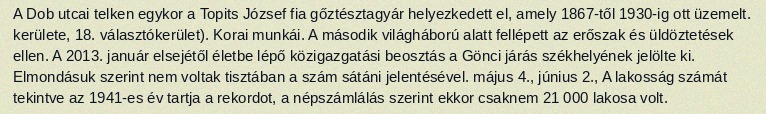
A Dob utcai telken egykor a Topits József fia gőztésztagyár helyezkedett el, amely 1867-től 1930-ig ott üzemelt. kerülete, 18. választókerület). Korai munkái. A második világháború alatt fellépett az erőszak és üldöztetések ellen. A 2013. január elsejétől életbe lépő közigazgatási beosztás a Gönci járás székhelyének jelölte ki. Elmondásuk szerint nem voltak tisztában a szám sátáni jelentésével. május 4., június 2., A lakosság számát tekintve az 1941-es év tartja a rekordot, a népszámlálás szerint ekkor csaknem 21 000 lakosa volt.